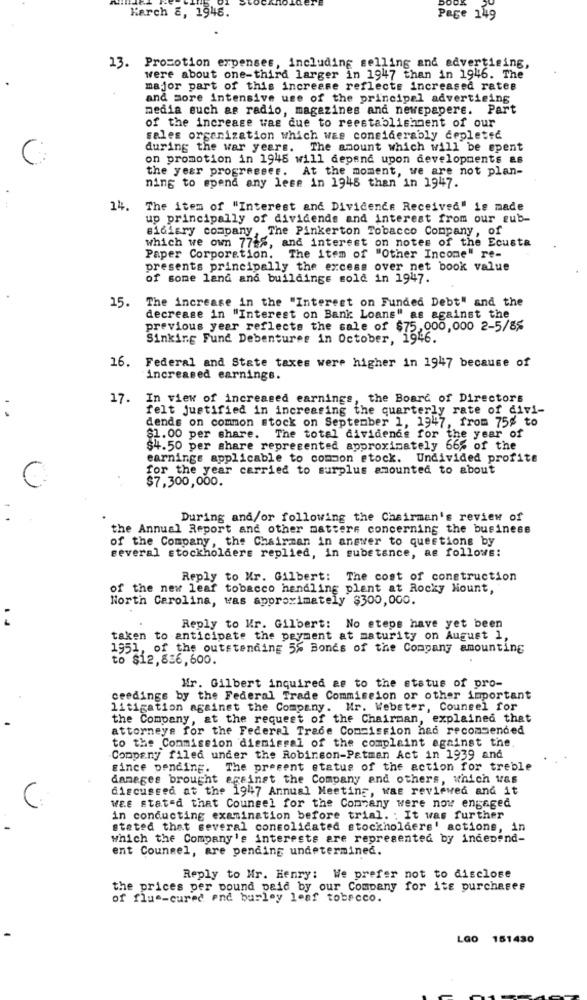
Karch &, 1945.
Page 149
13. Promotion expenses, including selling and advertising,
were about one-third larger in 1947 than in 1946. The
major part of this increase reflects increased rates
and more intensive use of the principal advertising
media euch as radio, magazines and newspapere. Part
of the increase was due to reestablishment of our
sales organization which was considerably depleted
during the war years. The amount which will be spent
C:
on promotion in 1945 will depend upon developments as
the year progresses. At the moment, we are not plan-
ning to spend any lese in 1945 than in 1947.
14.
The item of "Interest and Dividende Received" is made
up principally of dividends and interest from our sub-
sidiary company, The Pinkerton Tobacco Company, of
which we own 77 %, and interest on notes of the Ecusta
Paper Corporation.
The item of "Other Income" re-
presents principally the excess over net book value
of some land and buildings sold in 1947.
15.
The increase in the "Interest on Funded Debt" and the
decrease in "Interest on Bank: Loans" as against the
previous year reflects the sale of $75,000,000 2-5/8%
Sinking Fund Debentures in October, 1946.
16. Federal and State taxes were higher in 1947 because of
increased earnings.
17. In view of increased earnings, the Board of Directors
felt justified in increasing the quarterly rate of divi-
..
dends on common stock on September 1, 1947, from 75% to
$1.00 per share. The total dividends for the year of
$4.50 per share represented approximately 66% of the
earnings applicable to common stock. Undivided profite
for the year carried to surplus amounted to about
$7,300,000.
During and/or following the Chairman's review of
the Annual Report and other matters concerning the business
of the Company, the Chairman in answer to questions by
several stockholders replied, in substance, as follows:
Reply to Mr. Gilbert: The cost of construction
of the new leaf tobacco handling plant at Rocky Mount,
North Carolina, was approximately $300,000.
..
Reply to Kr. Gilbert: No eteps have yet been
taken to anticipate the payment at maturity on August 1.
1951, of the outstanding 5% Bones of the Company amounting
to $12,836,600.
Mr. Gilbert inquired as to the status of pro-
ceedings by the Federal Trade Commission or other important
litigation against the Company. Mr. Webster, Counsel for
the Company, at the request of the Chairman, explained that
attorneys for the Federal Trade Commission had recommended
to the Commission dismissal of the complaint against the
Company filed under the Robinson-Patman Act in 1939 and
since pending. The present status of the action for treble
damages brought against the Company and others, which Was
discussed at the 1947 Annual Meeting, Was reviewed and it
WEE stated that Counsel for the Company were now engaged
in conducting examination before trial. ; It was further
stated that several consolidated stockholders' actions, in
which the Company's interests are represented by independ-
ent Counsel, are pending undetermined.
Reply to Mr. Henry: We prefer not to disclose
the prices per pound paid by our Company for its purchases
of flue-cured end burley leaf tobacco.
LG0 151430